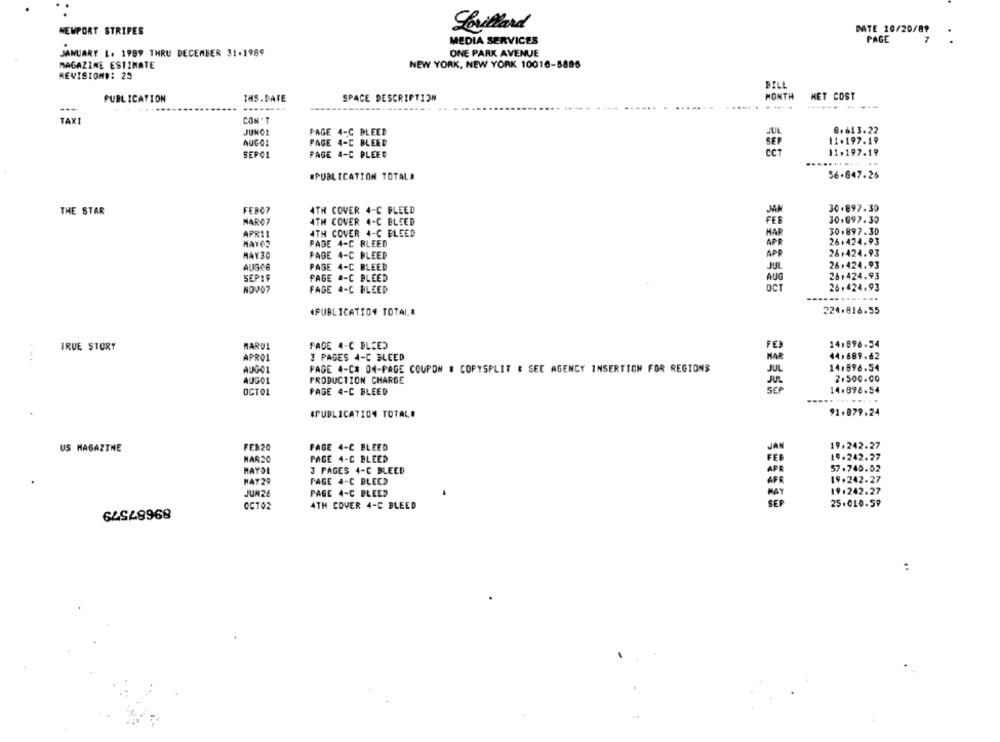
Lorillard
DATE 10/20/89
NEWPORT STRIPES
7
MEDIA SERVICES
PAGE
JANUARY 1. 1989 THRU DECEMBER 31-1989
ONE PARK AVENUE
MAGAZINE ESTIMATE
NEW YORK, NEW YORK 10016-5896
REVISION#: 25
DILL
MONTH
HET COST
PUBLICATION
IHS.DATE
SPACE DESCRIPTION
----
TAXI
CON 'T
JUNG1
PAGE 4-C BLEED
8.613.22
AUGO1
PAGE 4-C BLEED
11.197.19
SEP
SEPOL
PAGE 4-C BLEED
11,197.19
.....
#PUBLICATION TOTAL A
56-847.26
30.897.30
THE STAR
FEROZ
4TH COVER 4-C PLEED
NARO7
4TH COVER 4-C BLEED
30.897.30
30.897.30
APRI1
4TH COVER 4-C BLEED
HAR
MAYO2
PADE 4-C BLEED
APR
26.424.93
APP
26.424.93
MAY30
PAGE 4-C BLEED
AUGCE
PAGE 4-C BLEED
JUL
26.424.93
26.424.93
SEPIS
PAGE 4-C BLEED
AUG
NOV07
FAGE 4-C BLEED
OCT
26,424.93
«PUBLICATI04 TOTALE
224.816.55
IRVE STORY
MARDI
PADE 4-C BLEED
FER
14.896.54
APROL
3 PAGES 4-C BLEED
MAR
44,689.62
AUGO1
PAGE 4-C# ON-PAGE COUPON & COPYSPLIT & SEE AGENCY INSERTION FOR REGIONS
JUL
14.896.54
AUGO1
PRODUCTION CHARGE
2.500.00
OCTO1
PAGE 4-C BLEED
SEP
14.896.54
#PUBLICATION TOTAL#
91.879.24
19.242.27
US MAGAZINE
FEB20
PAGE 4-C BLEED
MAR20
PAGE 4-C BLEED
19.242.27
57.740.02
MAYOL
3 PAGES 4-C BLEED
HAY29
PAGE 4-C BLEED
AP
19.242.27
JUN26
PAGE 4-C BLEED
MAY
19.242.27
89687579
4TH COVER 4-C BLEED
SER
25.010.59
OCTO2
..